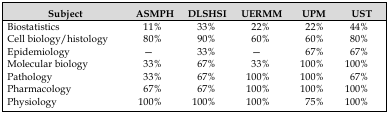
| Subject | ASMPH | DLSHSI | UERMM | UPM | UST |
 | --- | --- | --- | --- | --- | --- |
 | Biostatistics | 11% | 33% | 22% | 22% | 44% |
 | Cell biology/histology | 80% | 90% | 60% | 60% | 80% |
 | Epidemiology | — | 33% | — | 67% | 67% |
 | Molecular biology | 33% | 67% | 33% | 100% | 100% |
 | Pathology | 33% | 67% | 100% | 100% | 67% |
 | Pharmacology | 67% | 67% | 100% | 100% | 100% |
 | Physiology | 100% | 100% | 100% | 75% | 100% |